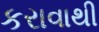
કરાવાથી